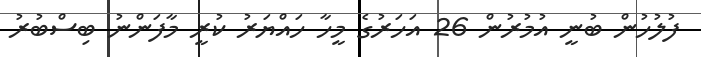
ފުލުހުން ބުނީ އުމުރުން 26 އަހަރުގެ މީހާ ހައްޔަރު ކުރީ މާފަންނު ބިސްބުރު